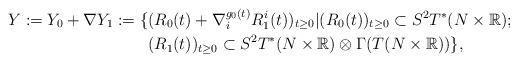
LaTeX: \begin{align*} Y:= Y_0 + \nabla Y_1 := \{ &(R_0(t) + \nabla^{{g}_0(t)}_i R^i_1(t))_{t\geq 0} | (R_0(t))_{t\geq 0}\subset S^2T^*(N\times\mathbb{R}) ;\\ &(R_1(t))_{t\geq 0 }\subset S^2T^*(N\times\mathbb{R}) \otimes \Gamma(T(N\times\mathbb{R}))\},\end{align*}